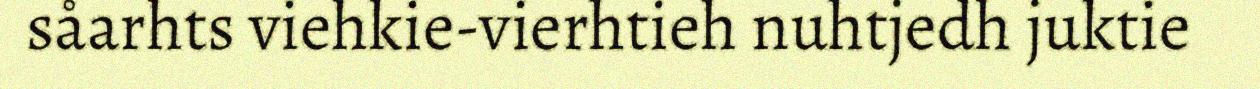
såarhts viehkie-vierhtieh nuhtjedh juktie